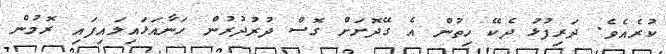
ކުރެއެވެ. ދަރިފުޅު ދެކޭ ހިތުން އެ ގޭދޮށަށް ގޮސް ދުރުދުރުން ހަނާއަޅައިލައިފައި ރޮމުން